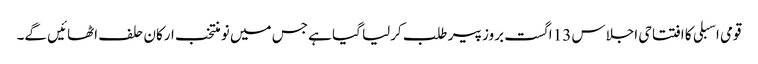
قومی اسبلی کا افتتاحی اجلاس 13 اگست بروز پیر طلب کرلیا گیا ہے جس میں نو منتخب ارکان حلف اٹھائیں گے۔